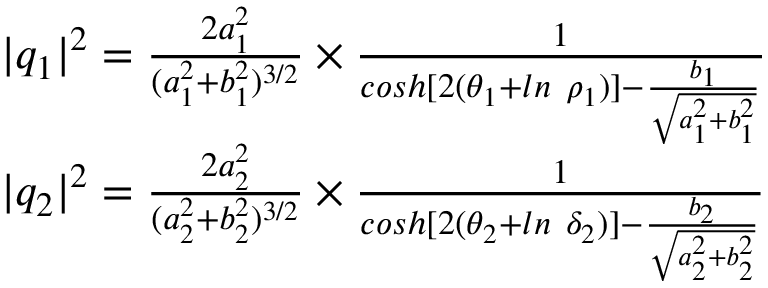
\begin{array} { r l } & { | q _ { 1 } | ^ { 2 } = \frac { 2 a _ { 1 } ^ { 2 } } { ( a _ { 1 } ^ { 2 } + b _ { 1 } ^ { 2 } ) ^ { 3 / 2 } } \times \frac { 1 } { c o s h [ 2 ( \theta _ { 1 } + l n \ \rho _ { 1 } ) ] - \frac { b _ { 1 } } { \sqrt { a _ { 1 } ^ { 2 } + b _ { 1 } ^ { 2 } } } } } \\ & { | q _ { 2 } | ^ { 2 } = \frac { 2 a _ { 2 } ^ { 2 } } { ( a _ { 2 } ^ { 2 } + b _ { 2 } ^ { 2 } ) ^ { 3 / 2 } } \times \frac { 1 } { c o s h [ 2 ( \theta _ { 2 } + l n \ \delta _ { 2 } ) ] - \frac { b _ { 2 } } { \sqrt { a _ { 2 } ^ { 2 } + b _ { 2 } ^ { 2 } } } } } \end{array}